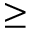
\ge